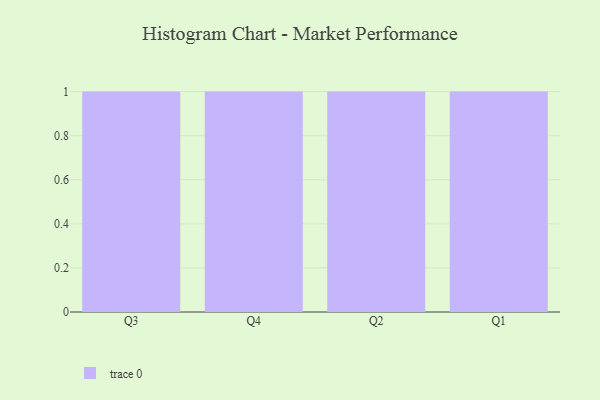
{"axis": {"x": "Quarter", "y": "Website Visitors"}, "legend": [""], "data": [{"x": "Q3", "y": 95, "type": ""}, {"x": "Q4", "y": 88, "type": ""}, {"x": "Q2", "y": 15, "type": ""}, {"x": "Q1", "y": 74, "type": ""}]}